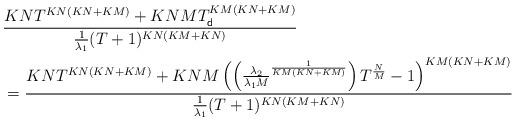
LaTeX: \begin{align*} &\frac{KNT^{KN(KN+KM)}+KNMT_{\sf d}^{KM(KN+KM)}}{\frac{1}{\lambda_1}(T+1)^{KN(KM+KN)}} \\&=\frac{KNT^{KN(KN+KM)}+KNM\left(\left(\frac{\lambda_2}{\lambda_1M}^{\frac{1}{KM(KN+KM)}}\right)T^{\frac{N}{M}}-1\right)^{KM(KN+KM)}}{\frac{1}{\lambda_1}(T+1)^{KN(KM+KN)}}\end{align*}